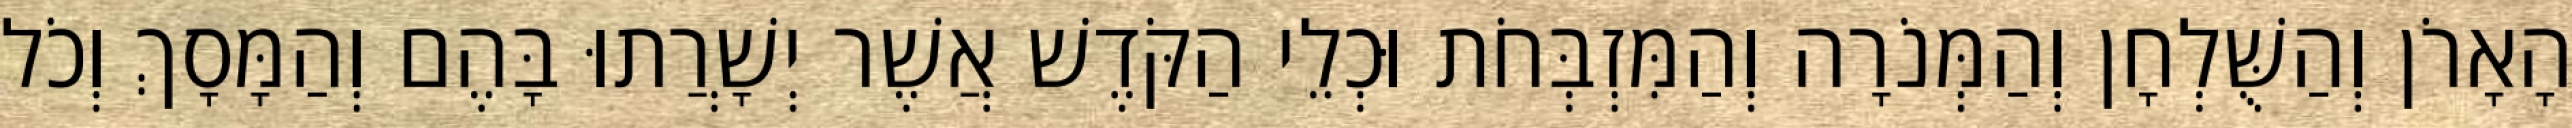
הָאָרֹן וְהַשֻּׁלְחָן וְהַמְּנֹרָה וְהַמִּזְבְּחֹת וּכְלֵי הַקֹּדֶשׁ אֲשֶׁר יְשָׁרֲתוּ בָּהֶם וְהַמָּסָךְ וְכֹל